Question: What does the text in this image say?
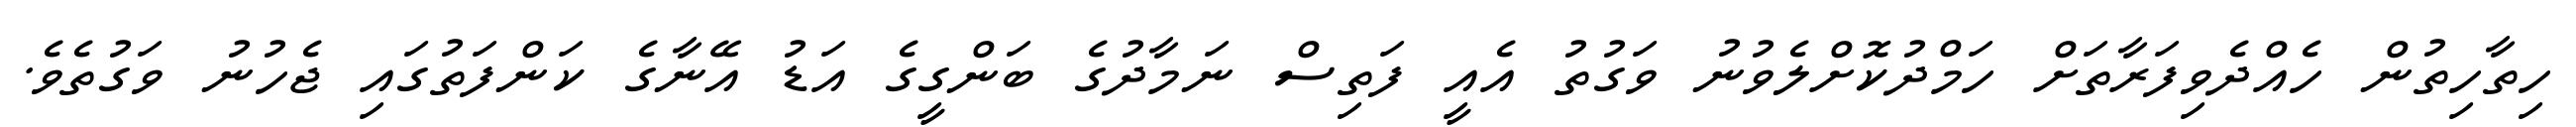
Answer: ހިތާހިތުން ހެއްދެވިފަރާތަށް ހަމްދުކޮށްލެވުނު ވަގުތު އެއީ ފަތިސް ނަމާދުގެ ބަންގީގެ އަޑު އޭނާގެ ކަންފަތުގައި ޖެހުނު ވަގުތެވެ.